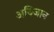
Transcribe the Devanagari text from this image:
अबिजान